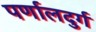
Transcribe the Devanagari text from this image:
पर्णालदुर्ग